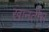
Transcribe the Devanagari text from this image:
खानतीस